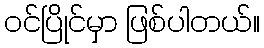
ဝင်ပြိုင်မှာ ဖြစ်ပါတယ်။